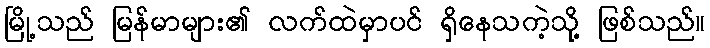
မြို့သည် မြန်မာများ၏ လက်ထဲမှာပင် ရှိနေသကဲ့သို့ ဖြစ်သည်။